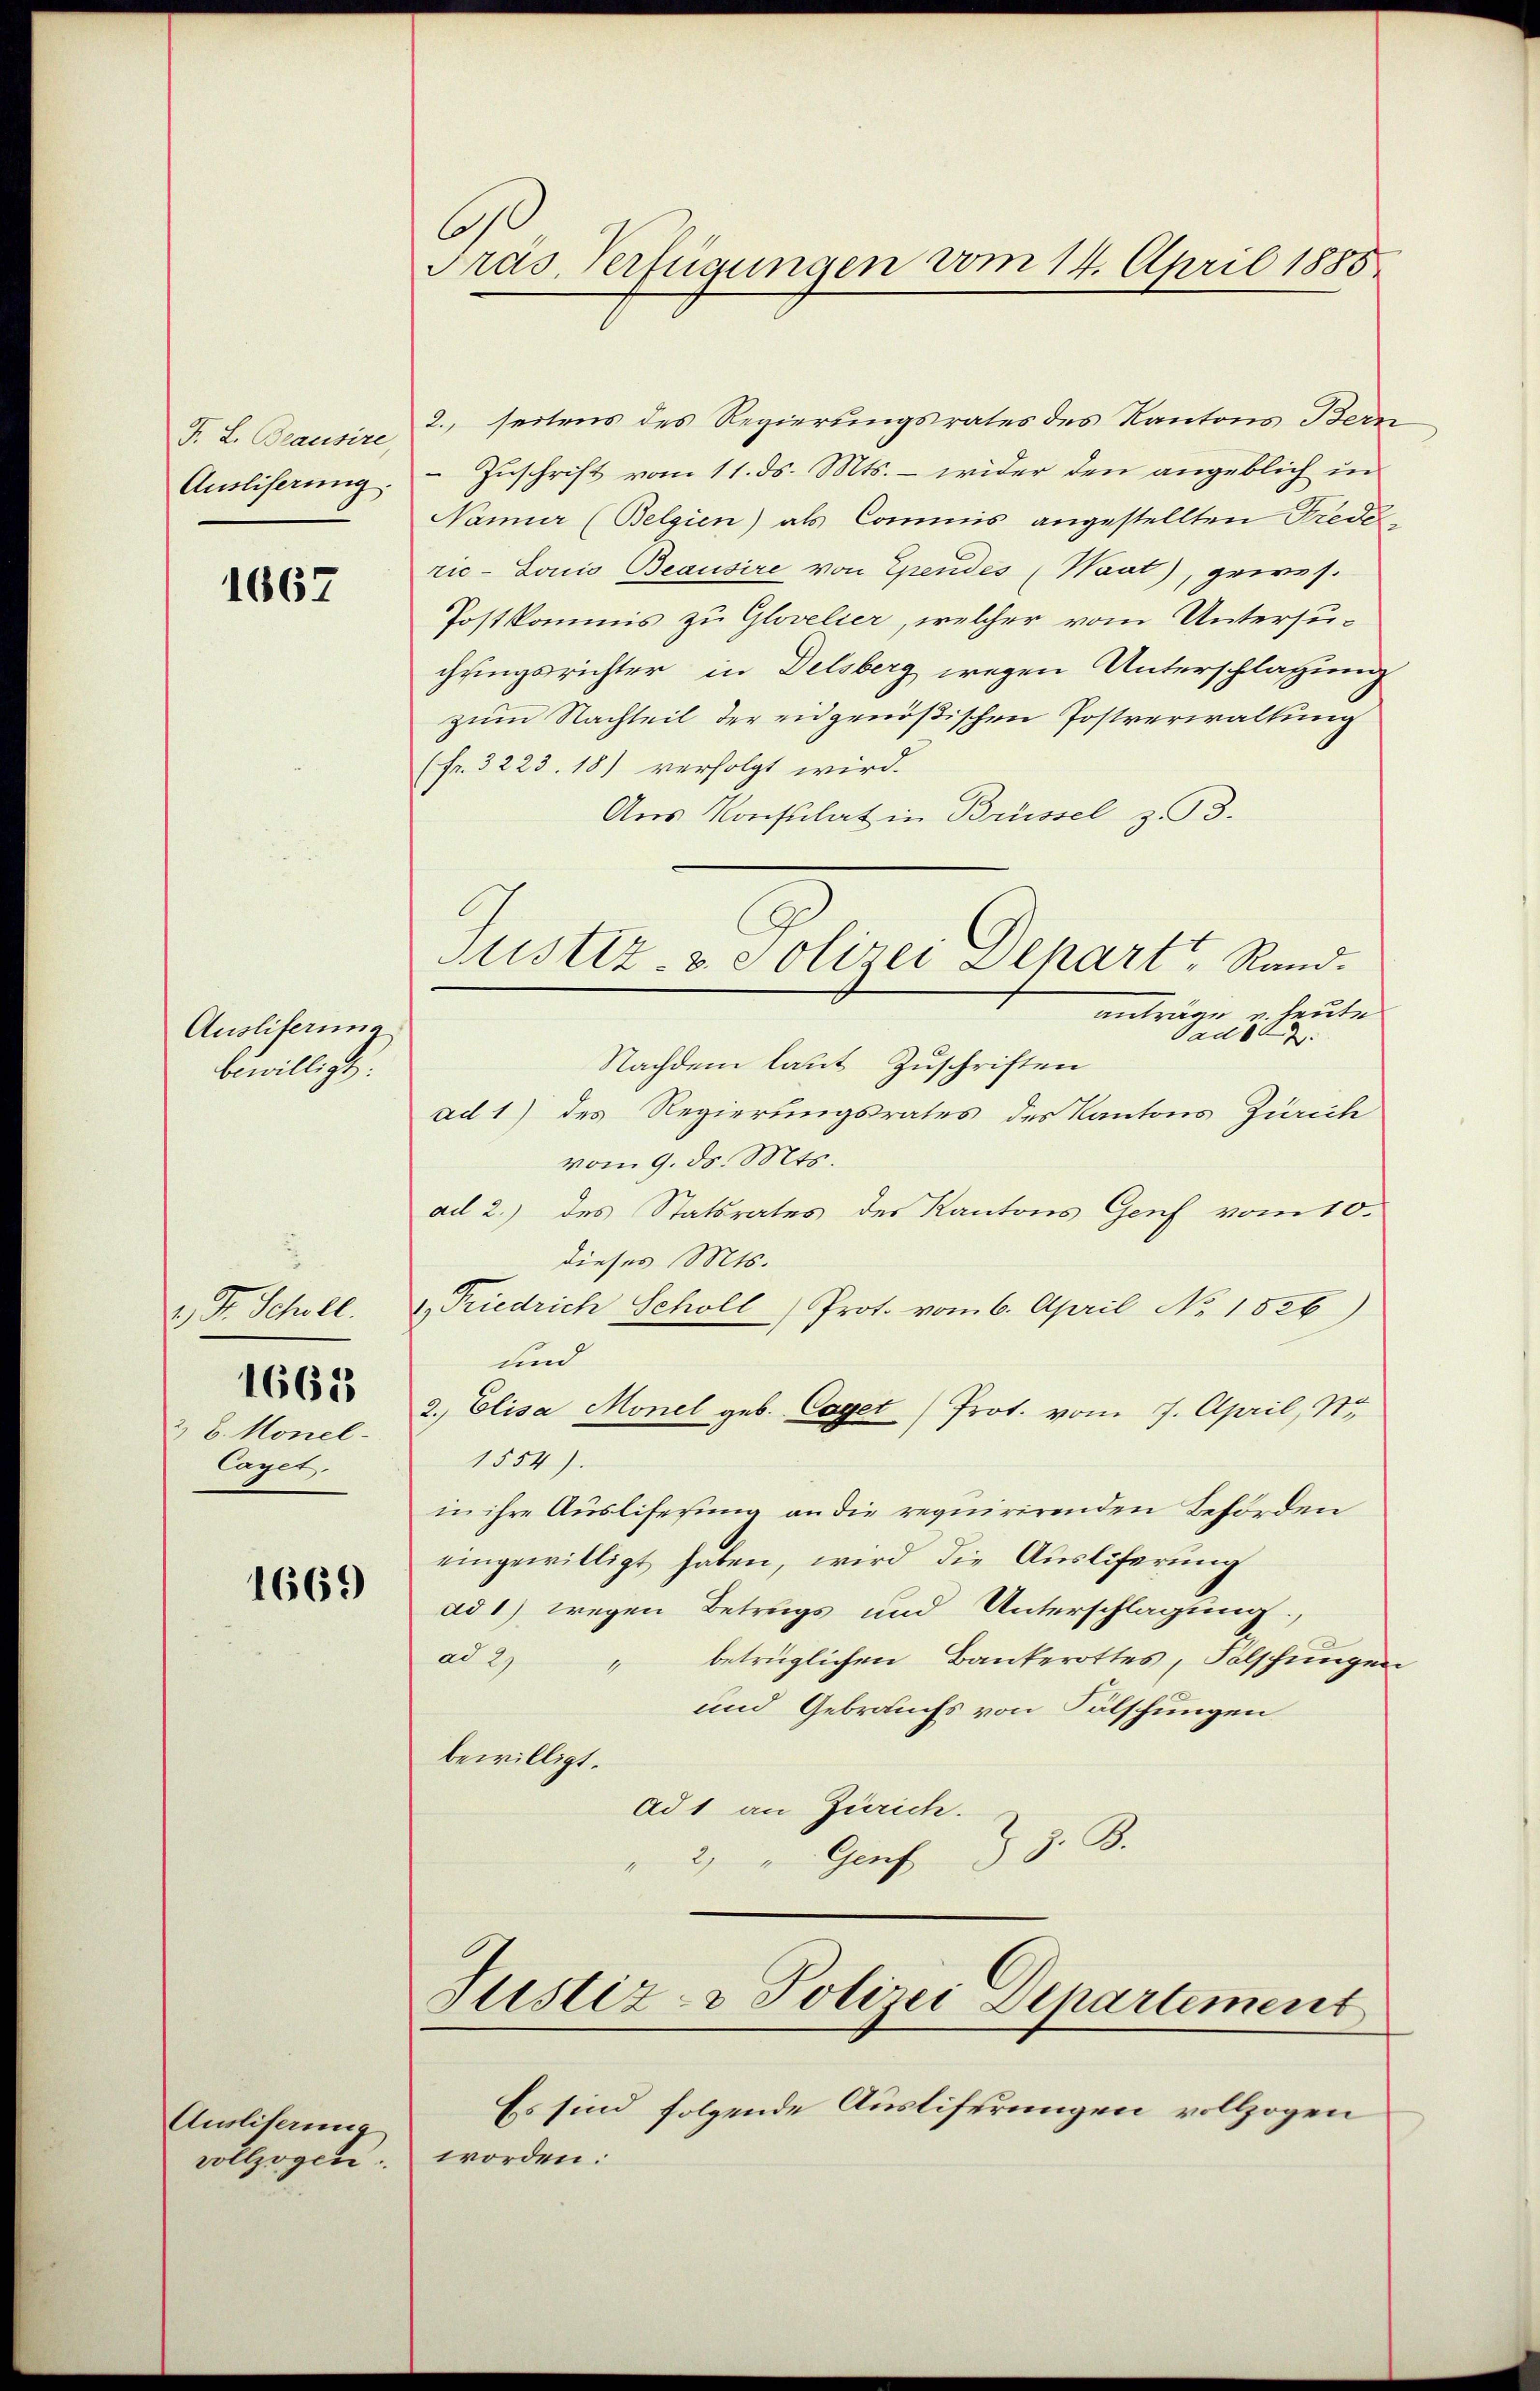
F. L. Beausire
Ausliserung.

1667

Ausliterina
bewilligt.

1, S. Scholl.
2, 6. Monel-
Caget.

1665

1669

Anslisaung
vollzogen.

6
Präs. Verfügungen vom 14. April 1885.

2., seitens des Regierungsrates des Kantons Bern
 Zuschrift vom 11. ds. Mts. – wider den angeblich in
Namier (Belgien) als Commis angestellten Frederic-Lonio Beausire von Ependes (Waat), gewes.
Postkommis zu Glovelier, welcher vom Untersuchungsrichter in Delsberg wegen Unterschlagung
zum Nachteil der eidgenößischen Postverwaltung
(Fr. 3223. 18) verfolgt wird.
Aus Konsulat in Brüssel z. 93.
anträge u. heute
ad 2.
Nachdem laut Zuschriften
ad 1) des Regierungsrates des Kantons Zürich
vom 9. ds. Mts.
ad 2.) des Statsrates des Kantons Genf vom 10.
dieses Mts.
1, Friedrich Scholl) Prot. vom 6. April No 1526)
und
2. Elisa Monel geb. Caget Prot. vom 7. April, St.
1554).
in ihre Auslisesung an die requirirenden Behörden
eingewilligt haben, wird die Ausliferung
ad 1) wegen Betrugs und Unterschlagung,
ad 2
betrüglichen Bankerottes, Folschungen
1
und Gebrauchs von Fälschungen
bewilligt.
Ad 1 an Zürich.
J. A.
2) " Genf
Justiz- & Polizei Departement
Es sind folgende Austiferungen vollzogen
worden.

Stistiz- & Polizei Dehart, Rand.